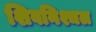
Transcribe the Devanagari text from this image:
शिवनिश्चल